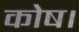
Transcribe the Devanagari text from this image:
कोष।